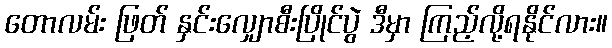
တောလမ်း ဖြတ် နှင်းလျှောစီးပြိုင်ပွဲ ဒီမှာ ကြည့်လို့ရနိုင်လား။